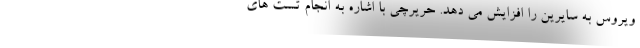
ویروس به سایرین را افزایش می دهد. حریرچی با اشاره به انجام تست های